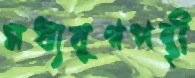
মধ্যযুগপন্থী